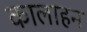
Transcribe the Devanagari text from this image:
कालाहन